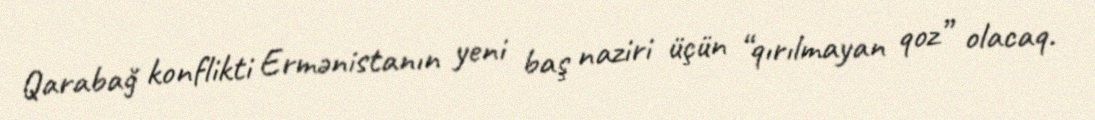
Qarabağ konflikti Ermənistanın yeni baş naziri üçün “qırılmayan qoz” olacaq.